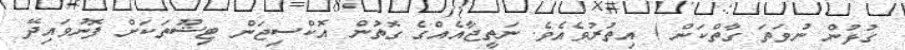
ގުޅުން ނުވަތަ ގާތްކަން ) އިތުރުވެއެވެ. ނަތީޖާއެއްގެ ގޮތުން އޮކްސިޖަން ޓިޝޫތަކަށް ފޮނުވައިދޭ